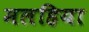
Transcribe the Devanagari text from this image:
मलहिया